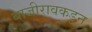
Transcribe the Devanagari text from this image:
बाजीरावकडून